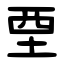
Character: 垔